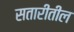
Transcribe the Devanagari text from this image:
सतारीतील